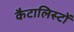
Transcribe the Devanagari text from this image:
कैटालिस्टों